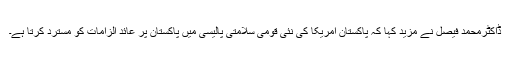
ڈاکٹرمحمد فیصل نے مزید کہا کہ پاکستان امریکا کی نئی قومی سلامتی پالیسی میں پاکستان پر عائد الزامات کو مسترد کرتا ہے۔